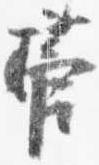
菅